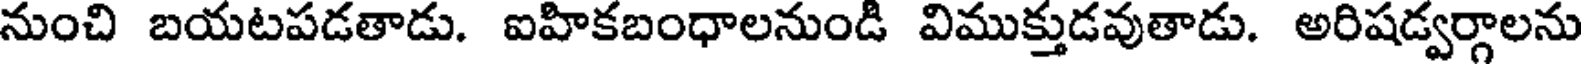
నుంచి బయటపడతాడు. ఐహికబంధాలనుండి విముక్తుడవుతాడు. అరిషడ్వర్గాలను